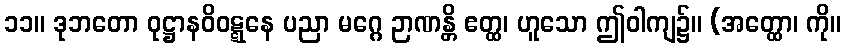
၁၁။ ဒုဘတော ဝုဋ္ဌာနဝိဝဋ္ဋနေ ပညာ မဂ္ဂေ ဉာဏန္တိ ဧတ္ထ၊ ဟူသော ဤဝါကျ၌။ (အတ္ထော၊ ကို။